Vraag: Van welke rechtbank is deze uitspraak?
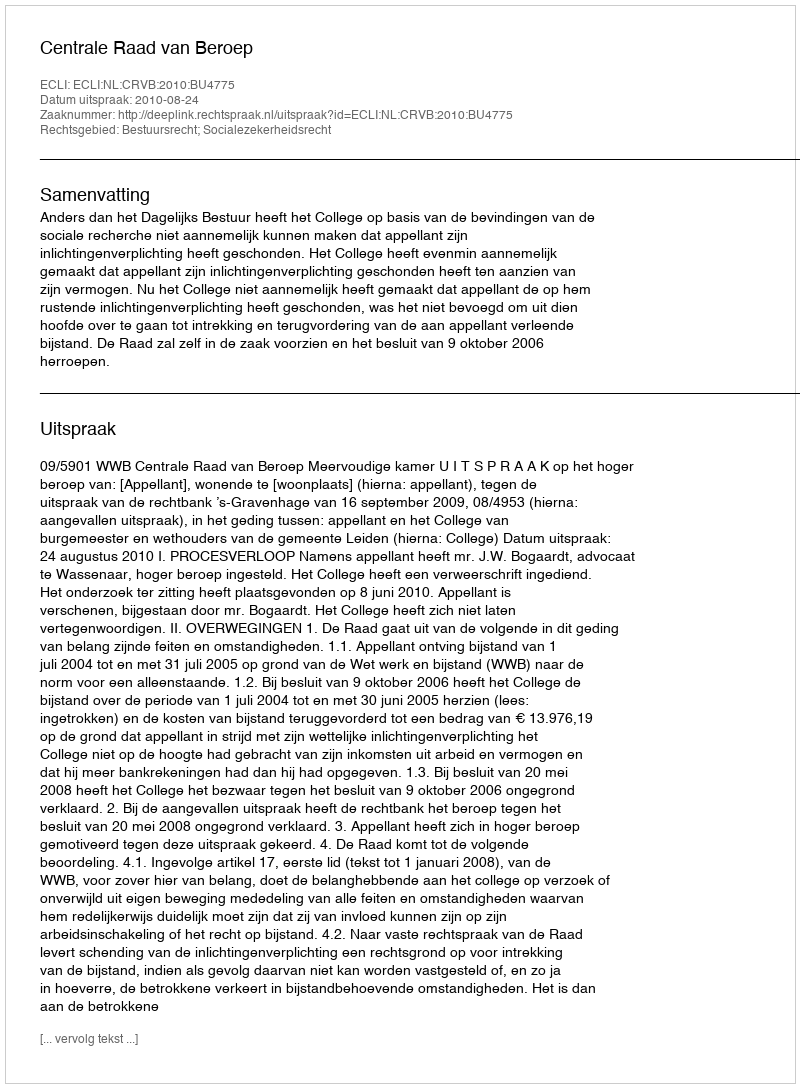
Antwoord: Centrale Raad van Beroep